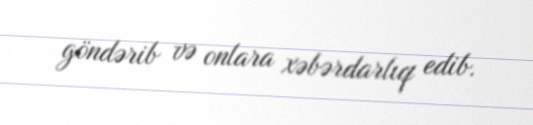
göndərib və onlara xəbərdarlıq edib.